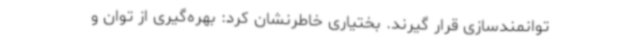
توانمندسازی قرار گیرند. بختیاری خاطرنشان کرد: بهره‌گیری از توان و